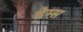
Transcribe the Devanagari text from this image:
हेम्‍स